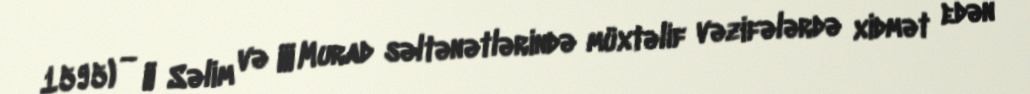
1595) — II Səlim və III Murad səltənətlərində müxtəlif vəzifələrdə xidmət edən